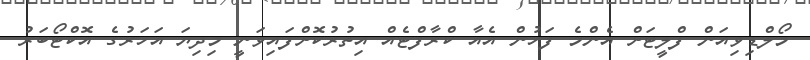
މޯލްޑިވިއަން ފްލީޓަށް އެންމެ ފަހުން އެއާ ކްރާފްޓެއް އިތުރުކޮށްފައިވަނީ މިދިޔަ އަހަރުގެ އޮކްޓޯބަރު